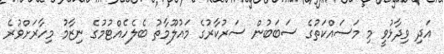
އަދި ވިދާޅުވީ މި މަސައްކަތުގެ ސަބަބުން ސަރުކާރުގެ މައުލޫމާތު ބެލެހެއްޓުމުގެ ނިޒާމު މިހާރަށްވުރެ